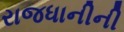
રાજધાનીની